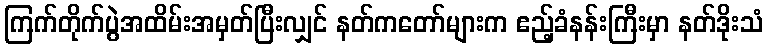
ကြက်တိုက်ပွဲအထိမ်းအမှတ်ပြီးလျှင် နတ်ကတော်များက ဧည့်ခံနန်းကြီးမှာ နတ်ဒိုးသံ